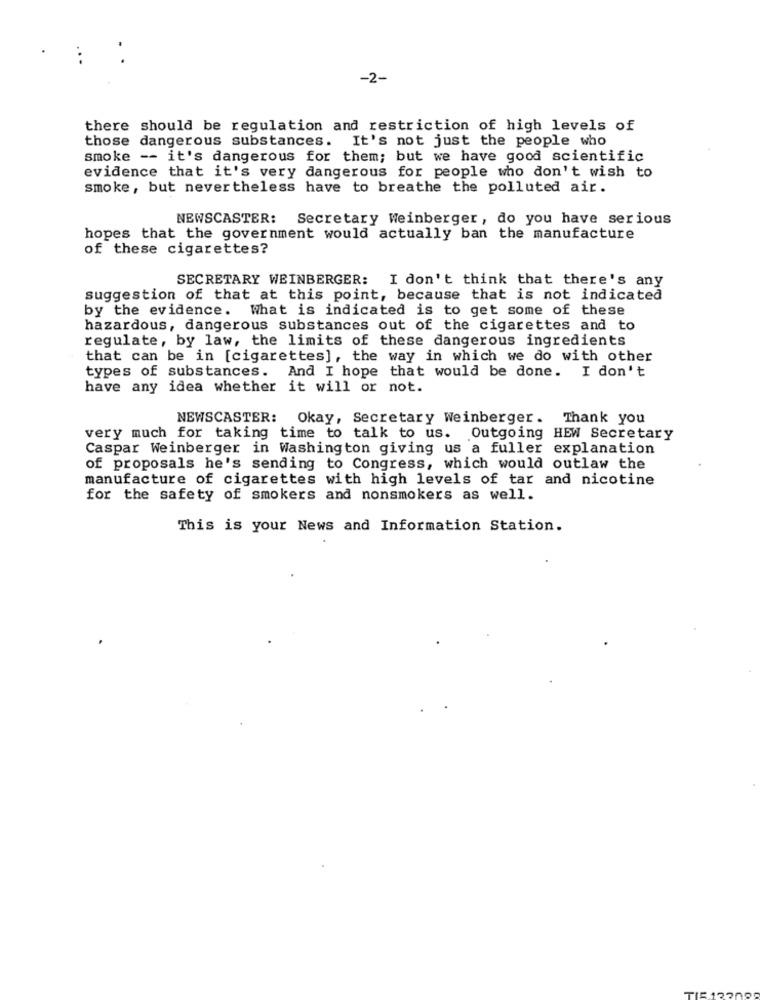
-2-
there should be regulation and restriction of high levels of
those dangerous substances. It's not just the people who
smoke -- it's dangerous for them; but we have good scientific
evidence that it's very dangerous for people who don't wish to
smoke, but nevertheless have to breathe the polluted air.
NEWSCASTER: Secretary Weinberger, do you have serious
hopes that the government would actually ban the manufacture
of these cigarettes?
SECRETARY WEINBERGER: I don't think that there's any
suggestion of that at this point, because that is not indicated
by the evidence. What is indicated is to get some of these
hazardous, dangerous substances out of the cigarettes and to
regulate, by law, the limits of these dangerous ingredients
that can be in [cigarettes], the way in which we do with other
types of substances. And I hope that would be done. I don't
have any idea whether it will or not.
NEWSCASTER: Okay, Secretary Weinberger. Thank you
very much for taking time to talk to us. Outgoing HEW Secretary
Caspar Weinberger in Washington giving us a fuller explanation
of proposals he's sending to Congress, which would outlaw the
manufacture of cigarettes with high levels of tar and nicotine
for the safety of smokers and nonsmokers as well.
This is your News and Information Station.